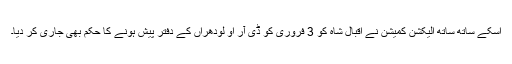
اسکے ساتھ ساتھ الیکشن کمیشن نے اقبال شاہ کو 3 فروری کو ڈی آر او لودھراں کے دفتر پیش ہونے کا حکم بھی جاری کر دیا۔